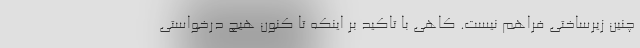
چنین زیرساختی فراهم نیست. کاهی با تاکید بر اینکه تا کنون هیچ درخواستی